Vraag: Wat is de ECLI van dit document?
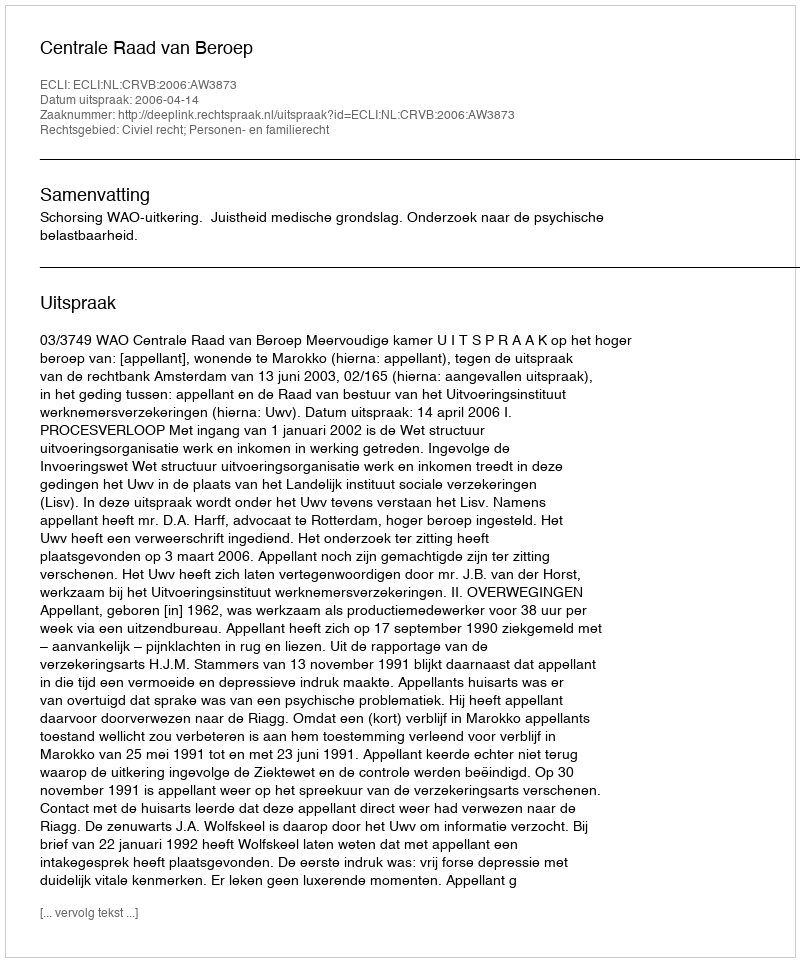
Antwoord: ECLI:NL:CRVB:2006:AW3873